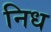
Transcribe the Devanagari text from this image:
निध